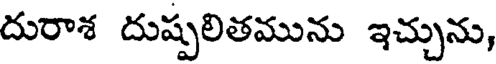
దురాశ దుష్పలితమును ఇచ్చును,